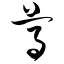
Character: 尊